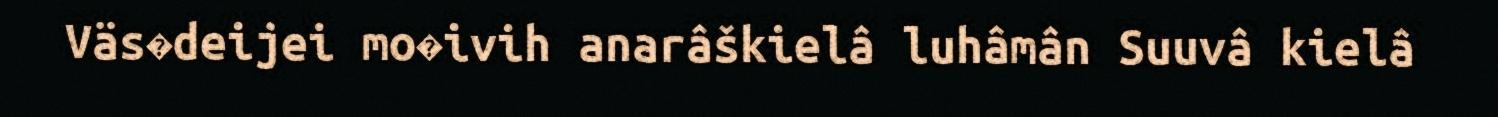
Väs�deijei mo�ivih anarâškielâ luhâmân Suuvâ kielâ